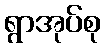
ရွာအုပ်စု